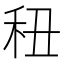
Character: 𥝦